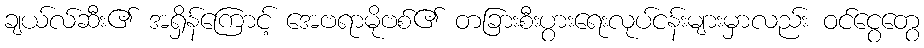
ချယ်လ်ဆီး၏ အရှိန်ကြောင့် အေဗရာမိုဗစ်၏ တခြားစီးပွားရေးလုပ်ငန်းများမှာလည်း ဝင်ငွေတွေ